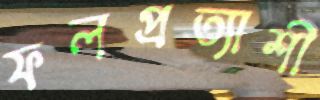
ফলপ্রত্যাশী